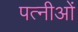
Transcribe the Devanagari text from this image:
पत्नीओं